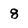
Character: 8